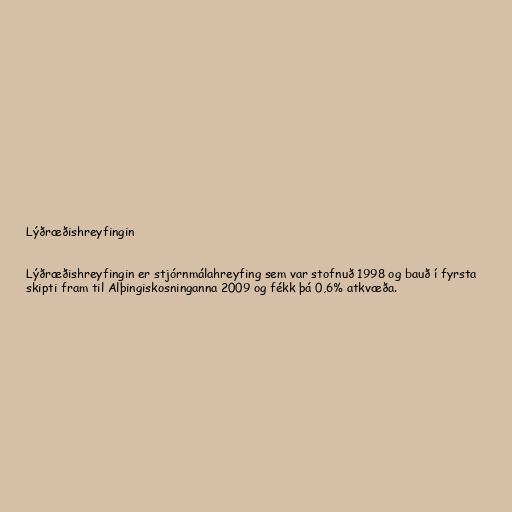
Lýðræðishreyfingin

Lýðræðishreyfingin er stjórnmálahreyfing sem var stofnuð 1998 og bauð í fyrsta
skipti fram til Alþingiskosninganna 2009 og fékk þá 0,6% atkvæða.